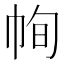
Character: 㡄